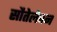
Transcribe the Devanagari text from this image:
सौतेलेपन